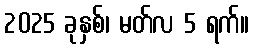
2025 ခုနှစ်၊ မတ်လ 5 ရက်။